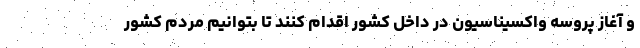
و آغاز پروسه واکسیناسیون در داخل کشور اقدام کنند تا بتوانیم مردم کشور